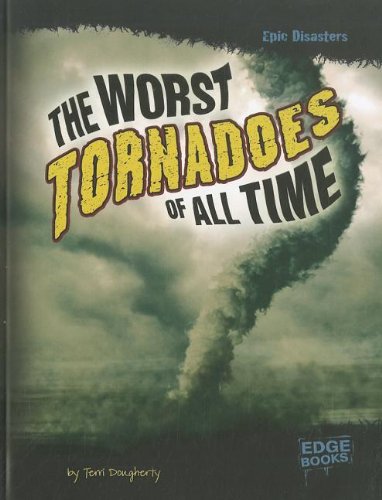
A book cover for The Worst Tornadoes of All Time (Epic Disasters); Terri Dougherty; Science & Math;